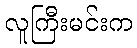
လူကြီးမင်းက